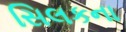
સિલકના